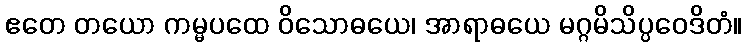
ဧတေ တယော ကမ္မပထေ ဝိသောဓယေ၊ အာရာဓယေ မဂ္ဂမိသိပ္ပဝေဒိတံ။